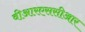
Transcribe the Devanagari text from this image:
वीआरएससीआर